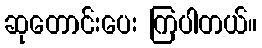
ဆုတောင်းပေး ကြပါတယ်။